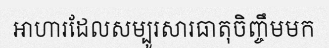
អាហារដែលសម្បូរសារធាតុចិញ្ចឹមមក